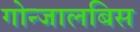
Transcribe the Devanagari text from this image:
गोन्जालबिस